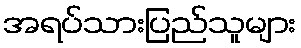
အရပ်သားပြည်သူများ